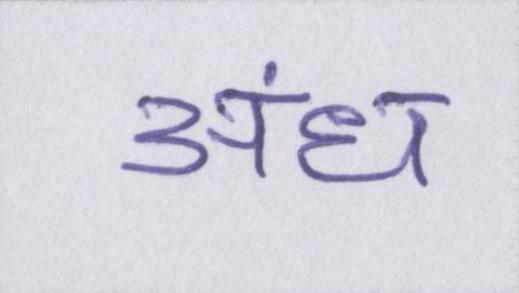
अंध